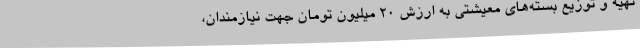
تهیه و توزیع بسته‌های معیشتی به ارزش 20 میلیون تومان جهت نیازمندان،